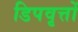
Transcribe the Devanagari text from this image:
डिपवृत्तों